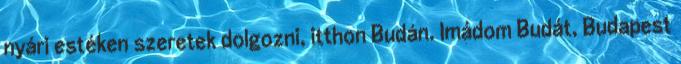
nyári estéken szeretek dolgozni, itthon Budán. Imádom Budát, Budapest